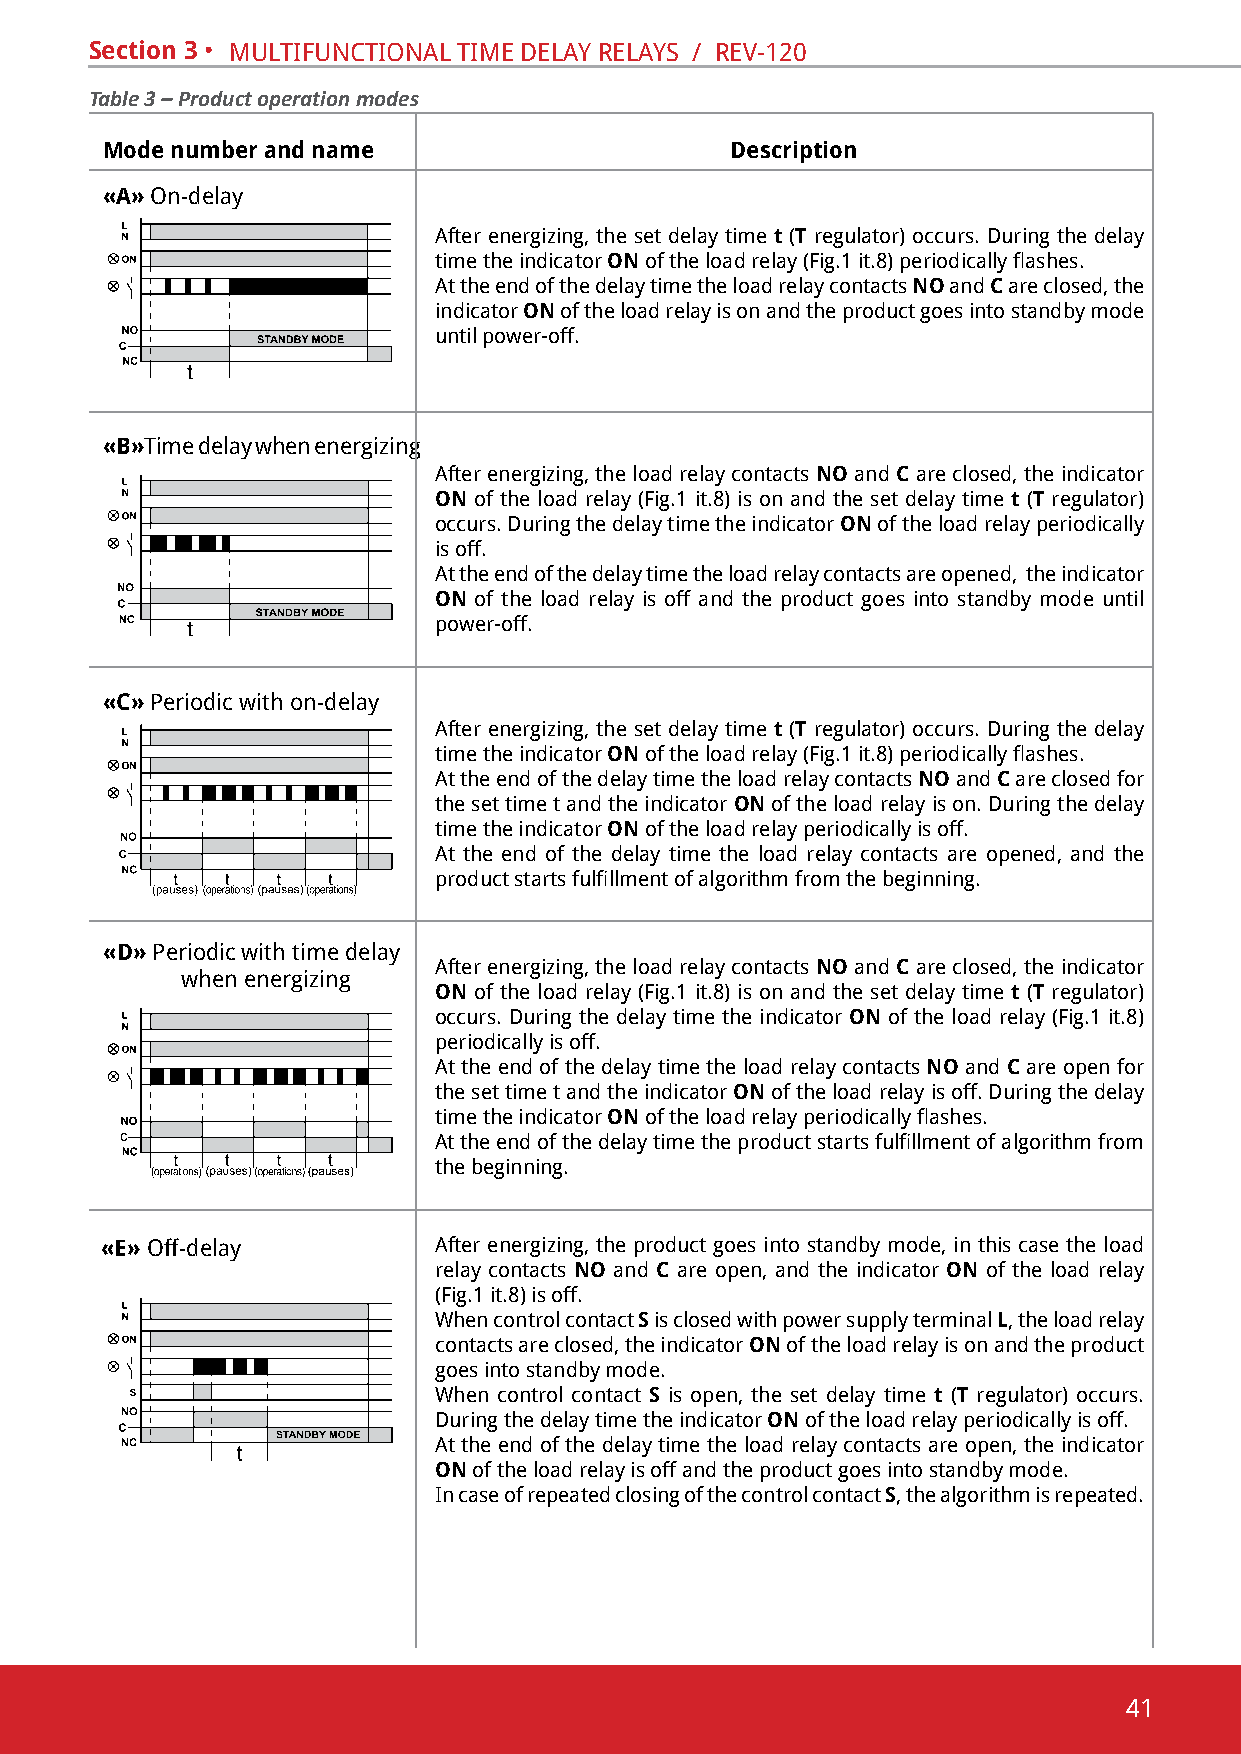
Section 3 • multifunctional time delaY RelaYs / Rev-120
 Table 3 – Product operation modes
 Mode number and name                     Description
 «A» on-delay
 after energizing, the set delay time t (Т regulator) occurs. during the delay
 time the indicator ON of the load relay (Fig.1 it.8) periodically flashes.
 at the end of the delay time the load relay contacts NO and C are closed, the
 indicator ON of the load relay is on and the product goes into standby mode
 until power-off.
 «B»time delay when energizing
 after energizing, the load relay contacts NO and C are closed, the indicator
 ON of the load relay (fig.1 it.8) is on and the set delay time t (Т regulator)
 occurs. during the delay time the indicator ON of the load relay periodically
 is off.
 at the end of the delay time the load relay contacts are opened, the indicator
 ON of the load relay is off and the product goes into standby mode until
 power-off.
 «C» periodic with on-delay
 after energizing, the set delay time t (Т regulator) occurs. during the delay
 time the indicator ON of the load relay (Fig.1 it.8) periodically flashes.
 at the end of the delay time the load relay contacts NO and C are closed for
 the set time t and the indicator ON of the load relay is on. during the delay
 time the indicator ON of the load relay periodically is off.
 at the end of the delay time the load relay contacts are opened, and the
 product starts fulfillment of algorithm from the beginning.
 «D» periodic with time delay
 after energizing, the load relay contacts NO and C are closed, the indicator
 when energizing
 ON of the load relay (fig.1 it.8) is on and the set delay time t (Т regulator)
 occurs. during the delay time the indicator ON of the load relay (fig.1 it.8)
 periodically is off.
 at the end of the delay time the load relay contacts NO and C are open for
 the set time t and the indicator ON of the load relay is off. during the delay
 time the indicator ON of the load relay periodically flashes.
 At the end of the delay time the product starts fulfillment of algorithm from
 the beginning.
 «E» off-delay         after energizing, the product goes into standby mode, in this case the load
 relay contacts NO and C are open, and the indicator ON of the load relay
 (fig.1 it.8) is off.
 When control contact S is closed with power supply terminal L, the load relay
 contacts are closed, the indicator ON of the load relay is on and the product
 goes into standby mode.
 When control contact S is open, the set delay time t (Т regulator) occurs.
 during the delay time the indicator ON of the load relay periodically is off.
 at the end of the delay time the load relay contacts are open, the indicator
 ON of the load relay is off and the product goes into standby mode.
 in case of repeated closing of the control contact S, the algorithm is repeated.
 41